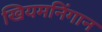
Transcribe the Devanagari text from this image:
खियमनिंगान